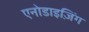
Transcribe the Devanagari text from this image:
एनोडाइज़िंग